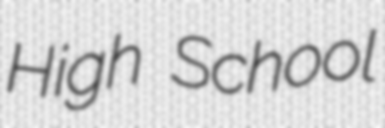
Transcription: High School